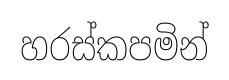
හරස්කපමින්